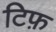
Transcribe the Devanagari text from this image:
टिफ़